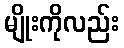
မျိုးကိုလည်း